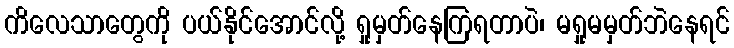
ကိလေသာတွေကို ပယ်နိုင်အောင်လို့ ရှုမှတ်နေကြရတာပဲ၊ မရှုမမှတ်ဘဲနေရင်